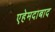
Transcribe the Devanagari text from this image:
एहेमदाबाद